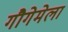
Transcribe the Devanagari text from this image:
गौगेमेला